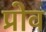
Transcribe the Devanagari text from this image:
प्रोव